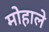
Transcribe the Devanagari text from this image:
मोहाले